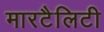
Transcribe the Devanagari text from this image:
मारटैलिटी